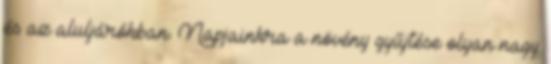
és az aluljárókban. Napjainkra a növény gyűjtése olyan nagy